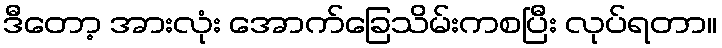
ဒီတော့ အားလုံး အောက်ခြေသိမ်းကစပြီး လုပ်ရတာ။